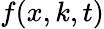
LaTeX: f(x,k,t)